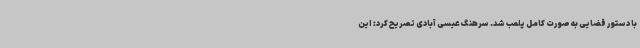
با دستور قضایی به صورت کامل پلمب شد. سرهنگ عیسی آبادی تصریح کرد: این